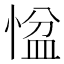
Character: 𢞂